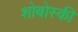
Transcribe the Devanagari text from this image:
शोबोस्की